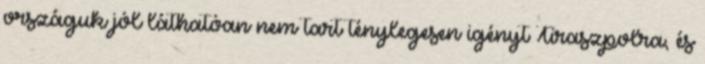
országuk jól láthatóan nem tart ténylegesen igényt Tiraszpolra, és